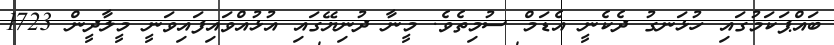
ބައްޕަކަމުގައި ހުޅަނގު ދެކެނީ އެޑަމް ސުމިތެވެ. މީނާ ދުނިޔޭގައި އުޅުއްވައިފައިވަނީ މީލާދީން 1723